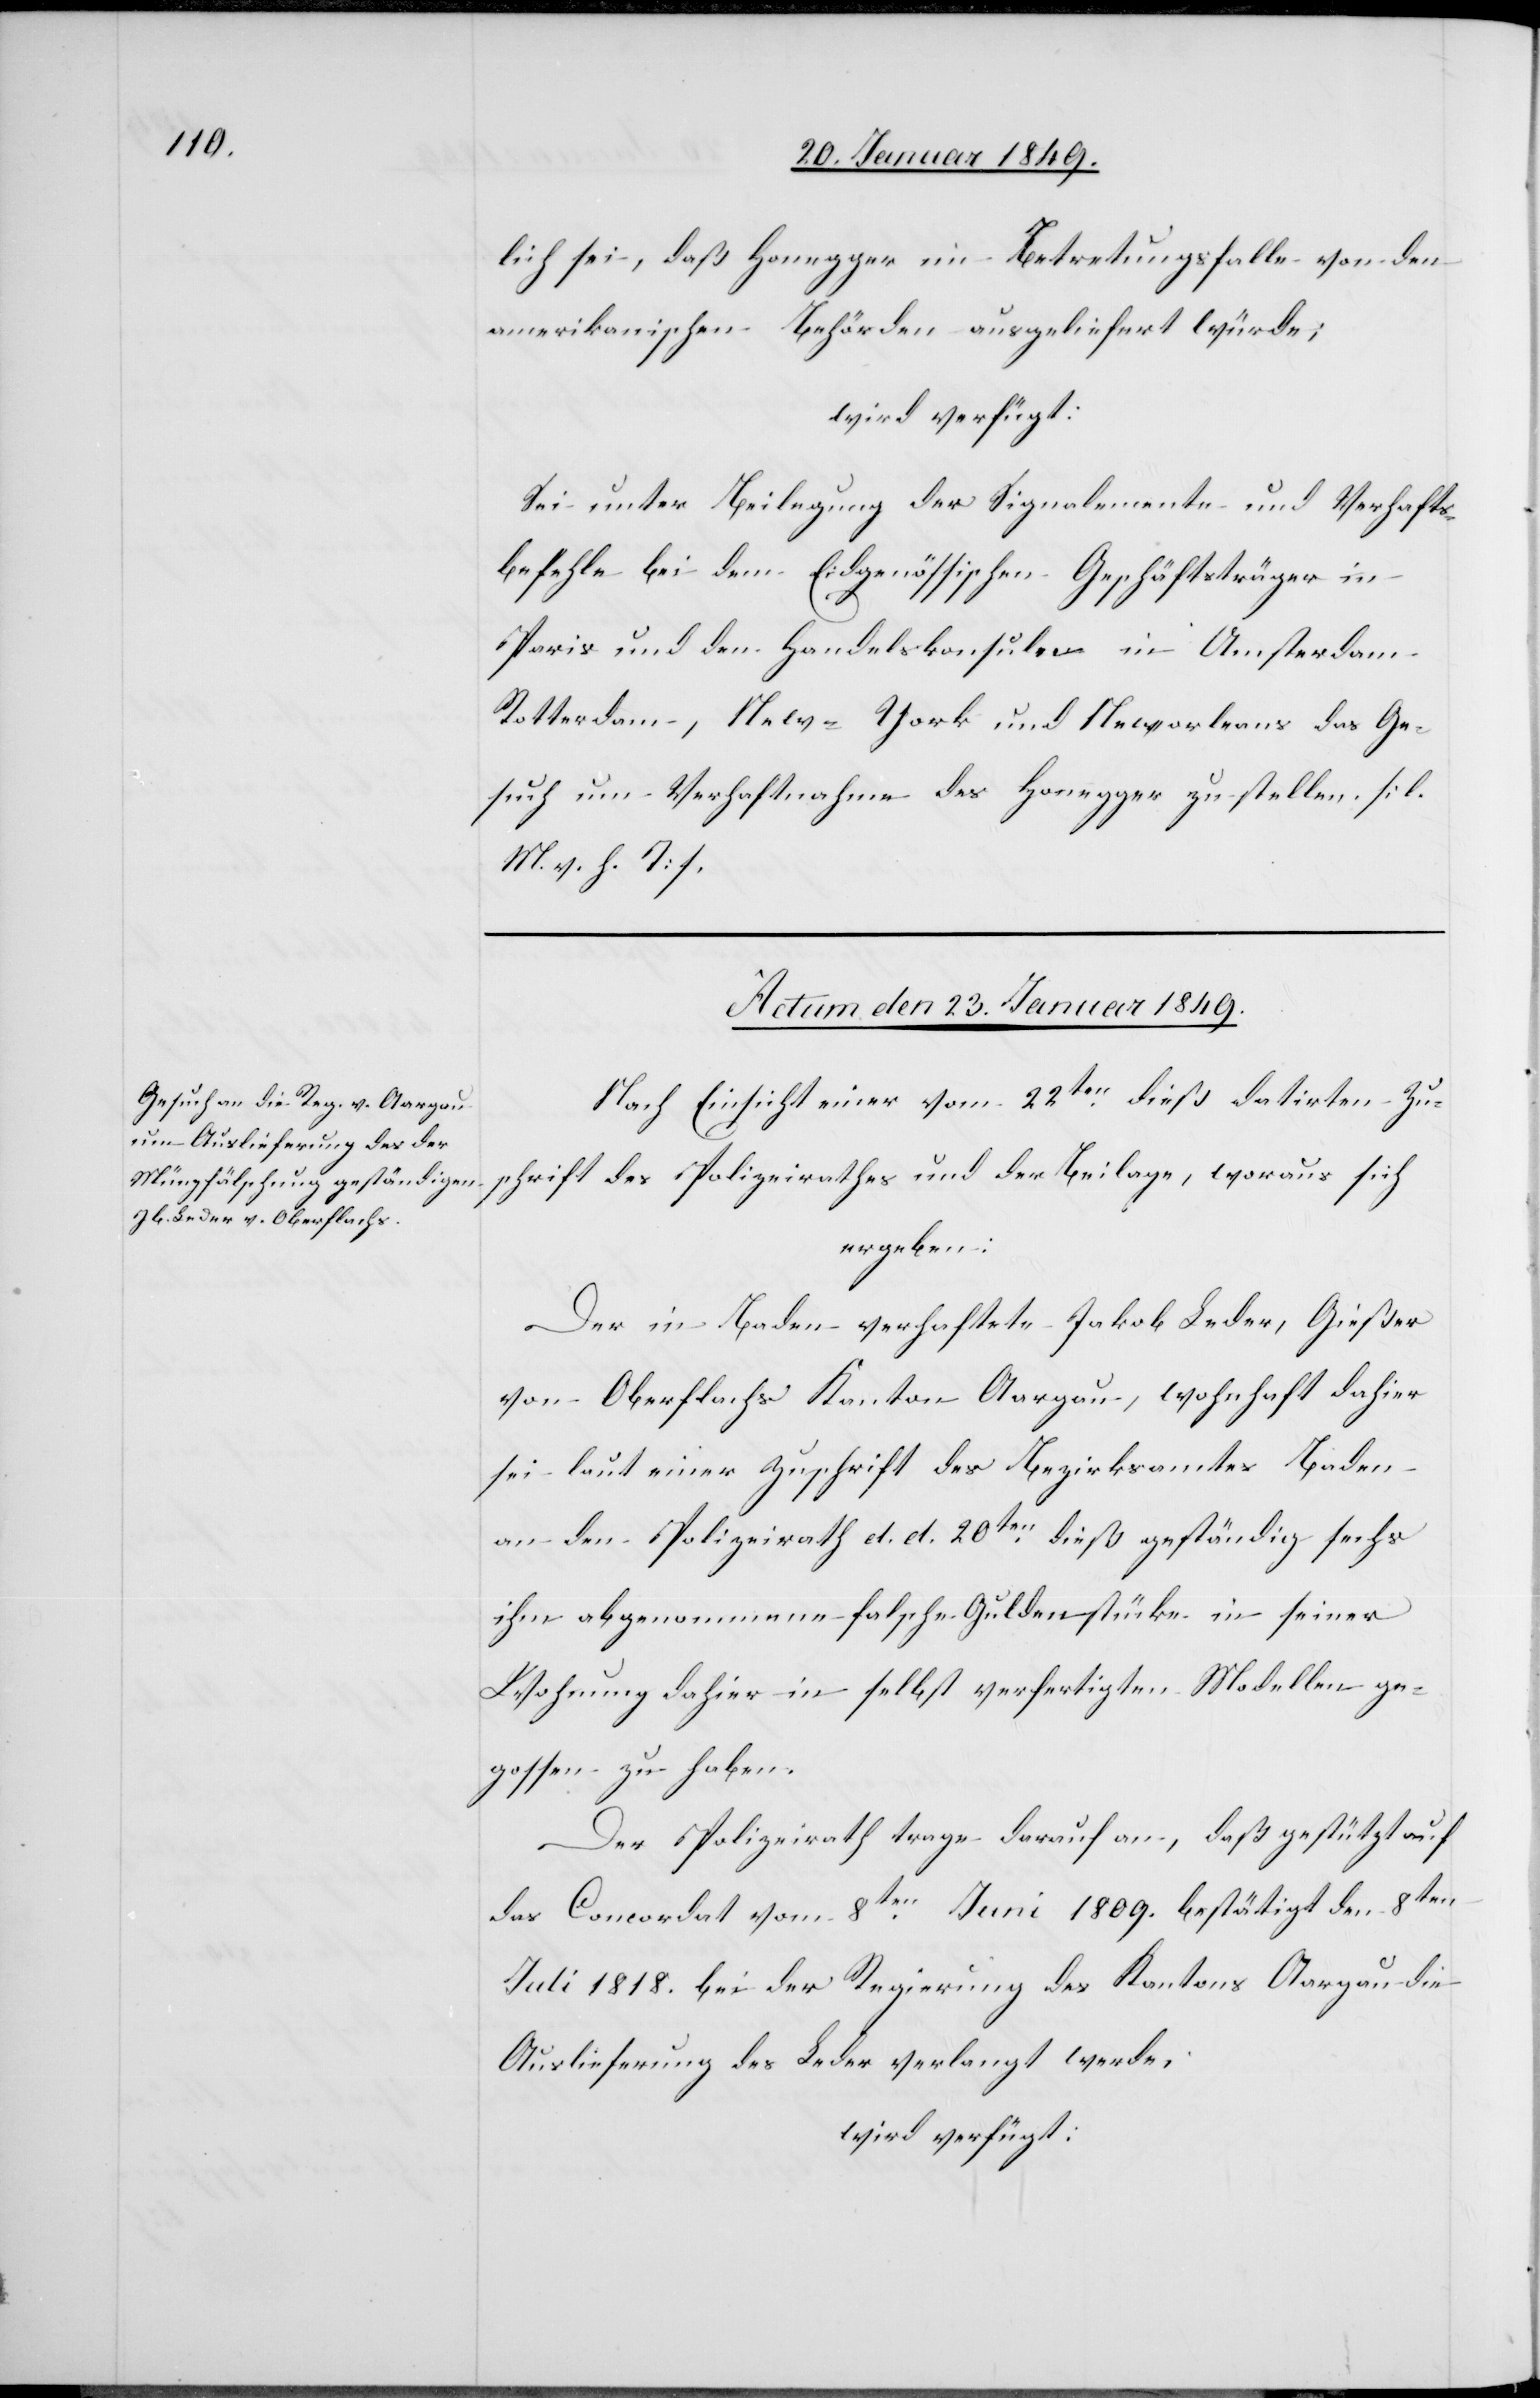
lich sei, daß Honegger im Betretungsfalle von den
amerikanischen Behörden ausgeliefert würde;
wird verfügt:
Sei unter Beilegung der Signalemente und Verhafts¬
befehle bei dem Eidgenössischen Geschäftsträger in
Paris und den Handelskonsuln in Amsterdam,
Rotterdam, New-York und Neworleans das Ge¬
such um Verhaftnahme des Honegger zu stellen. [l.
M. v. h. T].
Actum den 23. Januar 1849.
Nach Einsicht einer vom 22ten. dieß datirten Zu¬
schrift des Polizeirathes und der Beilage, woraus sich
ergeben:
Der in Baden verhaftete Jakob Leder, Gießer
von Oberflachs Kanton Aargau, wohnhaft dahier
sei laut einer Zuschrift des Bezirksamtes Baden
an den Polizeirath d. d. 20ten. dieß geständig sechs
ihm abgenommene falsche Guldenstücke in seiner
Wohnung dahier in selbst verfertigten Modellen ge¬
gossen zu haben.
Der Polizeirath trage darauf an, daß gestützt auf
das Concordat vom 8ten. Juni 1809. bestätigt den 8ten
Juli 1818. bei der Regierung des Kantons Aargau die
Auslieferung des Leder verlangt werde,
wird verfügt: